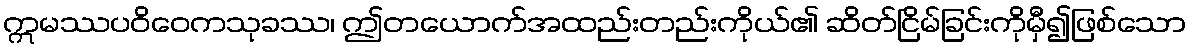
ဣမဿပဝိဝေကသုခဿ၊ ဤတယောက်အထည်းတည်းကိုယ်၏ ဆိတ်ငြိမ်ခြင်းကိုမှီ၍ဖြစ်သော